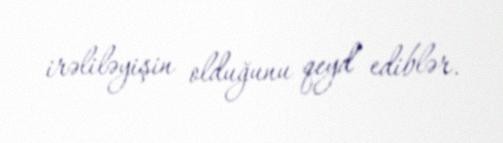
irəliləyişin olduğunu qeyd ediblər.